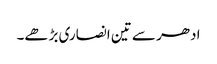
ادھر سے تین انصاری بڑھے۔